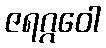
ဇရဂ္ဂဝေါ